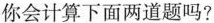
你会计算下面两道题吗?